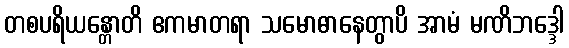
တစပရိယန္တောတိ ဧကမာတရာ သမောဓာနေတွာပိ အာမံ မဏိဘဒ္ဒေါ